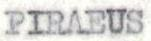
PIRAEUS